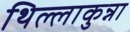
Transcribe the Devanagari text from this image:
थिल्लाकुन्ना